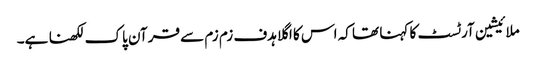
ملائیشین آرٹسٹ کا کہنا تھا کہ اس کا اگلا ہدف زم زم سے قرآن پاک لکھنا ہے۔